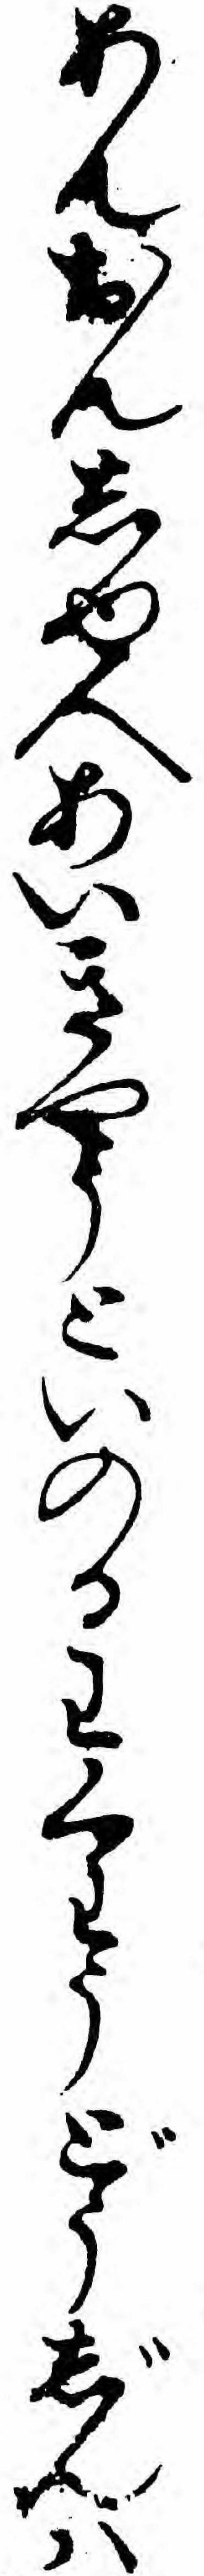
あんおんしゆ人あいきやうといのるわくわうどうじんハ